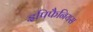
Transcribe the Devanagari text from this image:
इपिफैनियस